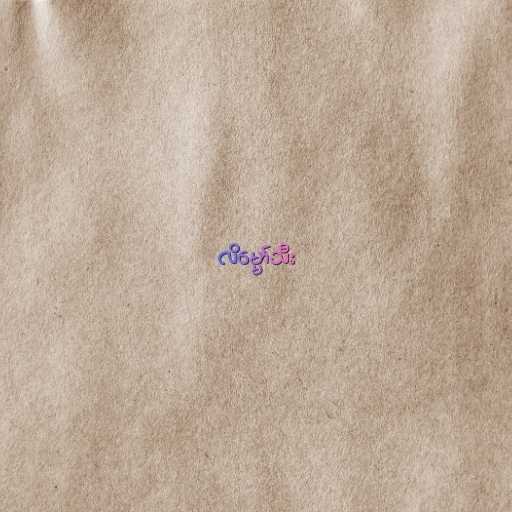
လိမ္မော်သီး